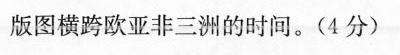
版图横跨欧亚非三洲的时间。(4分)